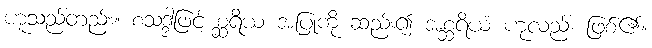
ဟူသည်တည်း။ စသဒ္ဒါဖြင့် စ္ဆရိယ အပြုကို ဆည်း၍ အစ္ဆရိယံ ဟုလည်း ဖြစ်၏။